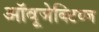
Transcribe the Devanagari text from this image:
ऑवूजेक्टिव्ज